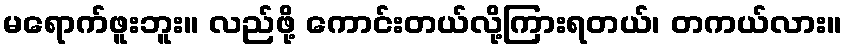
မရောက်ဖူးဘူး။ လည်ဖို့ ကောင်းတယ်လို့ကြားရတယ်၊ တကယ်လား။